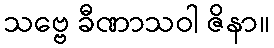
သဗ္ဗေ ခီဏာသဝါ ဇိနာ။